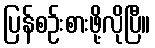
ပြန်စဉ်းစားဖို့လိုပြီ။